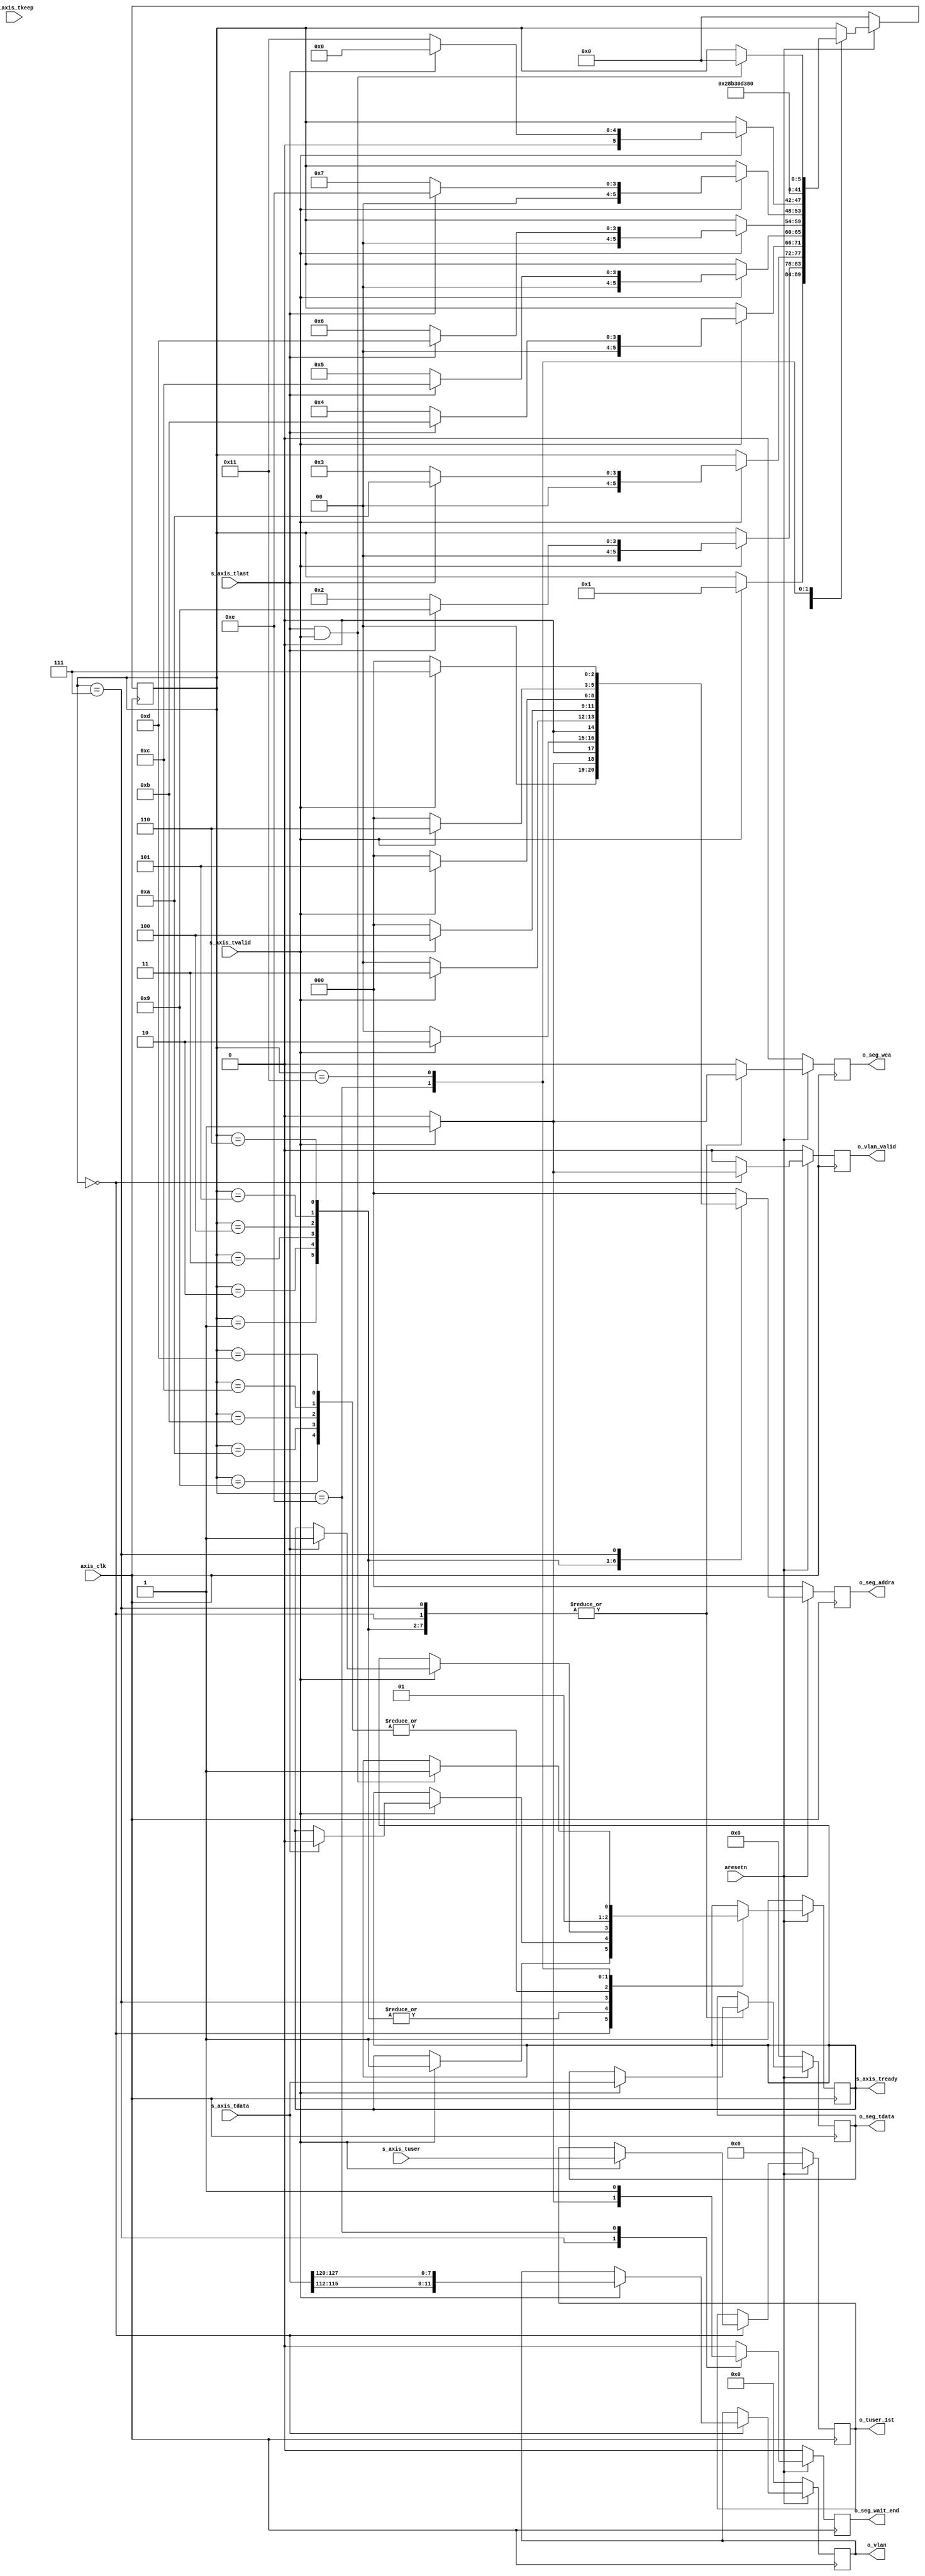
`timescale 1ns / 1ps
//1.,parserram
//2.182048b2048b02vlan
//3
//3.vlan

//82048bit2048bit2048bit

module parser_wait_segs #(
	parameter C_AXIS_DATA_WIDTH = 256,
	parameter C_AXIS_TUSER_WIDTH = 128,
	parameter C_NUM_SEGS = 8,
	parameter PARSER_MOD_ID = 3'd1,
	parameter PARSER_WIDTH = 16,
	parameter PARSER_NUM = 24,
	parameter C_PARSER_RAM_WIDTH = PARSER_WIDTH*PARSER_NUM,
	parameter C_VLANID_WIDTH = 12
)
(
	input											axis_clk     ,
	input											aresetn      ,
	// 
	input [C_AXIS_DATA_WIDTH-1:0]					s_axis_tdata ,
	input [C_AXIS_TUSER_WIDTH-1:0]					s_axis_tuser ,
	input [C_AXIS_DATA_WIDTH/8-1:0]					s_axis_tkeep ,
	input											s_axis_tvalid,
	input											s_axis_tlast ,
	output reg										s_axis_tready,
	
	//
	output reg [C_AXIS_DATA_WIDTH-1:0]	            o_seg_tdata   ,//just use the ram to out
	output reg  									o_seg_wea     ,
	output reg [2:0] 								o_seg_addra   ,
	output reg										o_seg_wait_end,//only set high once clk if 8 segs get
	// output reg dina,
	output reg[C_AXIS_TUSER_WIDTH-1:0]				o_tuser_1st   ,

	//output vlan
	output reg [C_VLANID_WIDTH-1:0] 				o_vlan        ,
	output reg 										o_vlan_valid  

);

localparam	WAIT_1ST_SEG=0,
			WAIT_2ND_SEG=1,
			WAIT_3RD_SEG=2,
			WAIT_4TH_SEG=3,
			WAIT_5TH_SEG=4,
			WAIT_6TH_SEG=5,
			WAIT_7TH_SEG=6,
			WAIT_8TH_SEG=7,
			OUTPUT_SEGS =8,
			EMPTY_1CYCLE=9,
			EMPTY_2CYCLE=10,
			EMPTY_3CYCLE=11,
			EMPTY_4CYCLE=12,
			EMPTY_5CYCLE=13,
			EMPTY_6CYCLE=14,
			EMPTY_7CYCLE=15,
			EMPTY_8CYCLE=16,
			WAIT_TILL_LAST=17;

reg [C_AXIS_DATA_WIDTH-1:0 ] r_segs_tdata_next ;
reg [C_AXIS_TUSER_WIDTH-1:0] r_tuser_1st_next  ;
reg 						 r_segs_valid_next ;
reg         				 r_seg_wea_next    ;
reg [2:0]   				 r_seg_addra_next  ;
reg 						 s_axis_tready_next;
reg [5:0]                    state,state_next  ;




wire [11:0] vlan_id;
assign vlan_id = {s_axis_tdata[115:112],s_axis_tdata[127:120]};


reg [11:0] vlan_id_next    ;
reg        vlan_valid_next ;

//rmt
//2048b
always @(*) begin
	state_next = state;
	
	r_segs_tdata_next  = o_seg_tdata  ;
	r_segs_valid_next  = 0            ;
	r_seg_addra_next   = 3'd0         ;
	r_seg_wea_next     = 1'b0         ;
  
	r_tuser_1st_next   = o_tuser_1st  ;
	s_axis_tready_next = s_axis_tready;

	vlan_id_next       = o_vlan       ;
	vlan_valid_next    = 1'b0         ;

	case (state)
		// at least 2 segs
		WAIT_1ST_SEG: begin
			if (s_axis_tvalid) begin
				r_seg_wea_next     = 1'b1        ;
				r_seg_addra_next   = 3'd0        ;
				r_segs_tdata_next  = s_axis_tdata;
				r_tuser_1st_next   = s_axis_tuser;
 
				vlan_id_next       = {s_axis_tdata[115:112],s_axis_tdata[127:120]};
				vlan_valid_next    = 1'b1        ;
				s_axis_tready_next = 1'b1        ;
				//
				state_next         = WAIT_2ND_SEG;
			end
		end
		WAIT_2ND_SEG: begin
			if (s_axis_tvalid) begin
				r_segs_tdata_next = s_axis_tdata;
				r_seg_addra_next  = 3'd1        ;
				r_seg_wea_next    = 1'b1        ;
				if (s_axis_tlast) begin //64B
					state_next = EMPTY_1CYCLE;
					s_axis_tready_next = 0; //22048b2048b
				end
				else begin
					state_next = WAIT_3RD_SEG;
				end
			end
		end
		WAIT_3RD_SEG: begin
			if (s_axis_tvalid) begin
				r_segs_tdata_next = s_axis_tdata;
				r_seg_addra_next  = 3'd2;
				r_seg_wea_next    = 1'b1;
				if (s_axis_tlast) begin
					s_axis_tready_next = 0;
					state_next = EMPTY_2CYCLE;
				end
				else begin
					state_next = WAIT_4TH_SEG;
				end
			end
		end
		WAIT_4TH_SEG: begin
			if (s_axis_tvalid) begin
				r_segs_tdata_next = s_axis_tdata;
				r_seg_addra_next = 3'd3;
				r_seg_wea_next = 1'b1;
				if (s_axis_tlast) begin
					s_axis_tready_next = 0;
					state_next = EMPTY_3CYCLE;
				end
				else begin
					state_next = WAIT_5TH_SEG;
				end
			end
		end
		WAIT_5TH_SEG: begin
			if (s_axis_tvalid) begin
				r_segs_tdata_next = s_axis_tdata;
				r_seg_addra_next = 3'd4;
				r_seg_wea_next = 1'b1;

				if (s_axis_tlast) begin
					s_axis_tready_next = 0;
					state_next = EMPTY_4CYCLE;
				end
				else begin
					state_next = WAIT_6TH_SEG;
				end
			end
		end
		WAIT_6TH_SEG: begin
			if (s_axis_tvalid) begin
				r_segs_tdata_next = s_axis_tdata;
				r_seg_addra_next = 3'd5;
				r_seg_wea_next = 1'b1;
				if (s_axis_tlast) begin
					s_axis_tready_next = 0;
					state_next = EMPTY_5CYCLE;
				end
				else begin
					state_next = WAIT_7TH_SEG;
				end
			end
		end
		WAIT_7TH_SEG: begin
			if (s_axis_tvalid) begin
				r_segs_tdata_next= s_axis_tdata;
				r_seg_addra_next = 3'd6;
				r_seg_wea_next = 1'b1;
				if (s_axis_tlast) begin
					s_axis_tready_next = 0;
					state_next = EMPTY_6CYCLE;
				end
				else begin
					state_next = WAIT_8TH_SEG;
				end
			end
		end
		WAIT_8TH_SEG: begin
			if (s_axis_tvalid) begin
				r_segs_tdata_next = s_axis_tdata;
				r_seg_addra_next = 3'd7;
				r_seg_wea_next = 1'b1;
				r_segs_valid_next = 1;
				if (s_axis_tlast) begin //8
					s_axis_tready_next = 1;
					state_next = WAIT_1ST_SEG;
				end
				else begin
					state_next = WAIT_TILL_LAST; //8
				end
			end
		end

		EMPTY_1CYCLE: begin
			
			s_axis_tready_next = 0;
			state_next = EMPTY_2CYCLE;
		end
		
		EMPTY_2CYCLE: begin
			
			s_axis_tready_next = 0;
			state_next = EMPTY_3CYCLE;
		end

		EMPTY_3CYCLE: begin
			
			s_axis_tready_next = 0;
			state_next = EMPTY_4CYCLE;
		end

		EMPTY_4CYCLE: begin
			
			s_axis_tready_next = 0;
			state_next = EMPTY_5CYCLE;
		end

		EMPTY_5CYCLE: begin
			
			s_axis_tready_next = 0;
			state_next = EMPTY_6CYCLE;
		end

		EMPTY_6CYCLE: begin
			r_segs_valid_next  = 1;
			s_axis_tready_next = 1;
			state_next = WAIT_1ST_SEG;
		end

		WAIT_TILL_LAST: begin //2048b
			if (s_axis_tlast && s_axis_tvalid) begin
				s_axis_tready_next = 1;
				state_next = WAIT_1ST_SEG;
			end
		end
	endcase
end

always @(posedge axis_clk) begin
	if (~aresetn) begin
		state          <= WAIT_1ST_SEG       ;
		o_seg_tdata    <= 256'd0             ;
		o_seg_wait_end <= 1'd0               ;
		o_seg_wea      <= 1'd0               ;
		o_seg_addra    <= 1'd0               ;
		o_tuser_1st    <= 128'd0             ;
		s_axis_tready  <= 1'd1               ;
		o_vlan         <= 1'd0               ;
		o_vlan_valid   <= 1'd0               ;
	end
	else begin
		state          <= state_next         ;
		o_seg_wea      <= r_seg_wea_next     ;
		o_seg_addra    <= r_seg_addra_next   ;
		o_seg_tdata    <= r_segs_tdata_next  ;
		o_tuser_1st    <= r_tuser_1st_next   ;
  
		o_seg_wait_end <= r_segs_valid_next  ;
		s_axis_tready  <= s_axis_tready_next ;
		o_vlan         <= vlan_id_next       ;
		o_vlan_valid   <= vlan_valid_next    ;
	end
end

endmodule